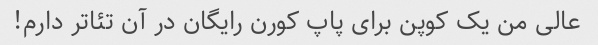
عالی من یک کوپن برای پاپ کورن رایگان در آن تئاتر دارم!